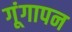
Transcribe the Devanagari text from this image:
गूंगापन